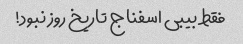
فقط بیبی اسفناج تاریخ روز نبود!